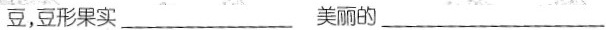
豆，豆形果实___ 美丽的___